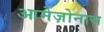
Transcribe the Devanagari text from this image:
आमेज़ोनास